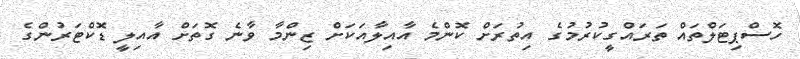
ހޮސްޕިޓަލްތައް ތަރައްގީކުރުމުގެ އިތުރަށް ކޮންމެ އާއިލާއަކަށް ޒިންމާ ވާނެ ގޮތަށް އާއިލީ ޑޮކްޓަރުންގެ